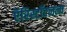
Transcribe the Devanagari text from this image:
ऍरिस्टॉटलला